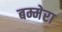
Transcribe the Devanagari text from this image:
बम्मेरा